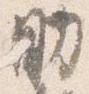
助